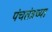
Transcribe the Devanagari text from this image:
पंचतंत्रच्या